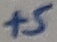
Text: +5